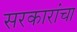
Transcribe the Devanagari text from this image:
सरकारांचा